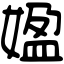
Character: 𡟚